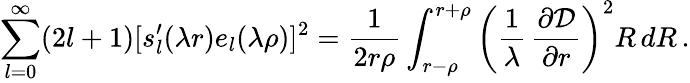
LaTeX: \sum_{l=0}^{\infty}(2l+1)[s_{l}^{\prime}(\lambda r)e_{l}(\lambda\rho)]^{2}=\frac{1}{2r\rho}\int_{r-\rho}^{r+\rho}\left(\frac{1}{\lambda}\, \frac{\partial{\cal D}}{\partial r}\right)^{2}R\, dR\, .